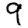
Digit: 9